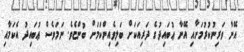
އޭނާ ވަރިނުކުރުމަށާއި އޭނާ ޢުބައިދުގެ ދަރިއަކަށް ބަލިވެއިންކަމަށް ބުންޏެވެ. ނަމަވެސް ޢުބައިދު އެކަމާއި